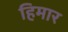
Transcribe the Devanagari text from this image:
हिमार